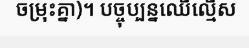
ចម្រុះគ្នា)។ បច្ចុប្បន្នឈើល្មើស